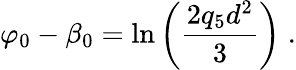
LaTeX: \varphi_{0}-\beta_{0}=\ln\left(\frac{2q_{5}d^{2}}{3}\right)\; .